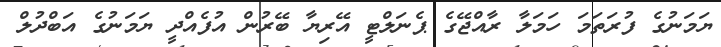
ޔަމަނުގެ ފުރަތަމަ ހަމަލާ ރާއްޖޭގެ ޕެނަލްޓީ އޭރިޔާ ބޭރުން އުފެއްދީ ޔަމަނުގެ އަބްދުލް